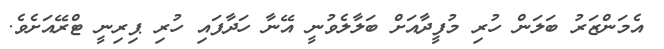
އެމަންޒަރު ބަލަން ހުރި މުފީދާއަށް ބަލާލެވުނީ އޭނާ ހަދާފައި ހުރި ޕިރިނީ ޓްރޭއަށެވެ.